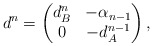
\begin{align*}d^n=\begin{pmatrix}d^{n}_B & -\alpha_{n-1}\\0 & -d^{n-1}_{A} \\\end{pmatrix},\end{align*}